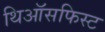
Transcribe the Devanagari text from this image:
थिऑसफिस्ट